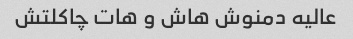
عالیه دمنوش هاش و هات چاکلتش